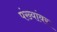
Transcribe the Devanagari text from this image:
पंख्यांवर